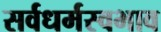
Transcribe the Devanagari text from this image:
सर्वधर्मस्वभाव